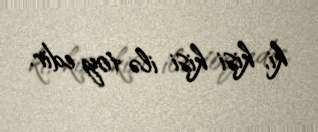
ki, kişi kişi ilə toy edir.